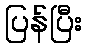
ပြန်ပြီး